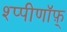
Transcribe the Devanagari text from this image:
श्प्पीणॉफ़्